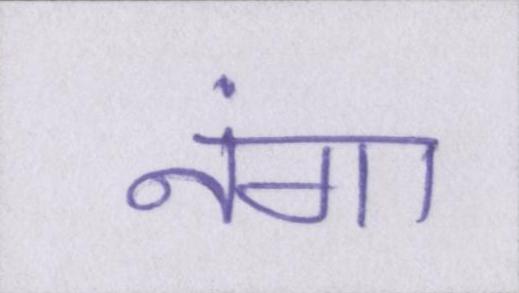
नंगा